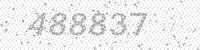
Solution: 488837